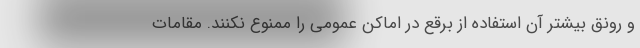
و رونق بیشتر آن استفاده از برقع در اماکن عمومی را ممنوع نکنند. مقامات